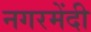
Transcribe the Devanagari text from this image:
नगरमेंदी